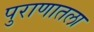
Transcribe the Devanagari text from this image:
पुराणातला